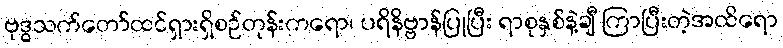
ဗုဒ္ဓသက်တော်ထင်ရှားရှိစဉ်တုန်းကရော၊ ပရိနိဗ္ဗာန်ပြုပြီး ရာစုနှစ်နဲ့ချီ ကြာပြီးတဲ့အထိရော